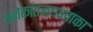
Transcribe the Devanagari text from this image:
अनेकांतजयपताका